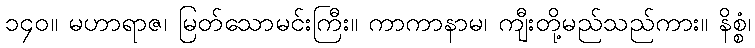
၁၄၀။ မဟာရာဇ၊ မြတ်သောမင်းကြီး။ ကာကာနာမ၊ ကျီးတို့မည်သည်ကား။ နိစ္စံ၊